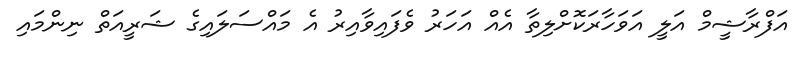
އަފްރާޝީމް އަލީ އަވަހާރަކޮށްލިތާ އެއް އަހަރު ވެފައިވާއިރު އެ މައްސަލައިގެ ޝަރީއަތް ނިންމައި